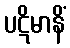
ပဋိမာနိံ